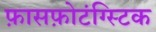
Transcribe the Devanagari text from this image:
फ़ासफ़ोटंग्स्टिक